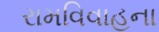
રામવિવાહના